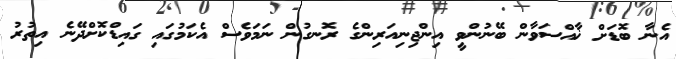
އެނާ ބޮޑަށް ޚާއްސަވާން ބޭނުންވީ އިންޖިނިއަރިންގެ ރޮނގުން ނަމަވެސް އެކަމުގައި ގައިޑްކޮށްދޭނެ އިތުރު